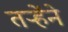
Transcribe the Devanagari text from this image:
तऱ्हेंने